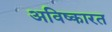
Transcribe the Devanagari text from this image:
अविष्कारत